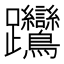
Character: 𨈎